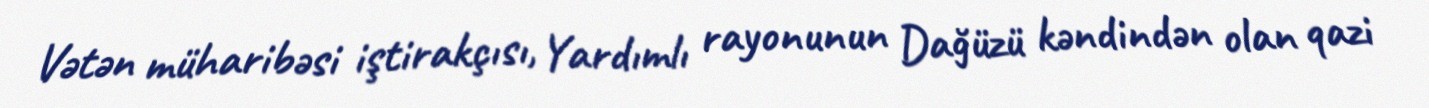
Vətən müharibəsi iştirakçısı, Yardımlı rayonunun Dağüzü kəndindən olan qazi